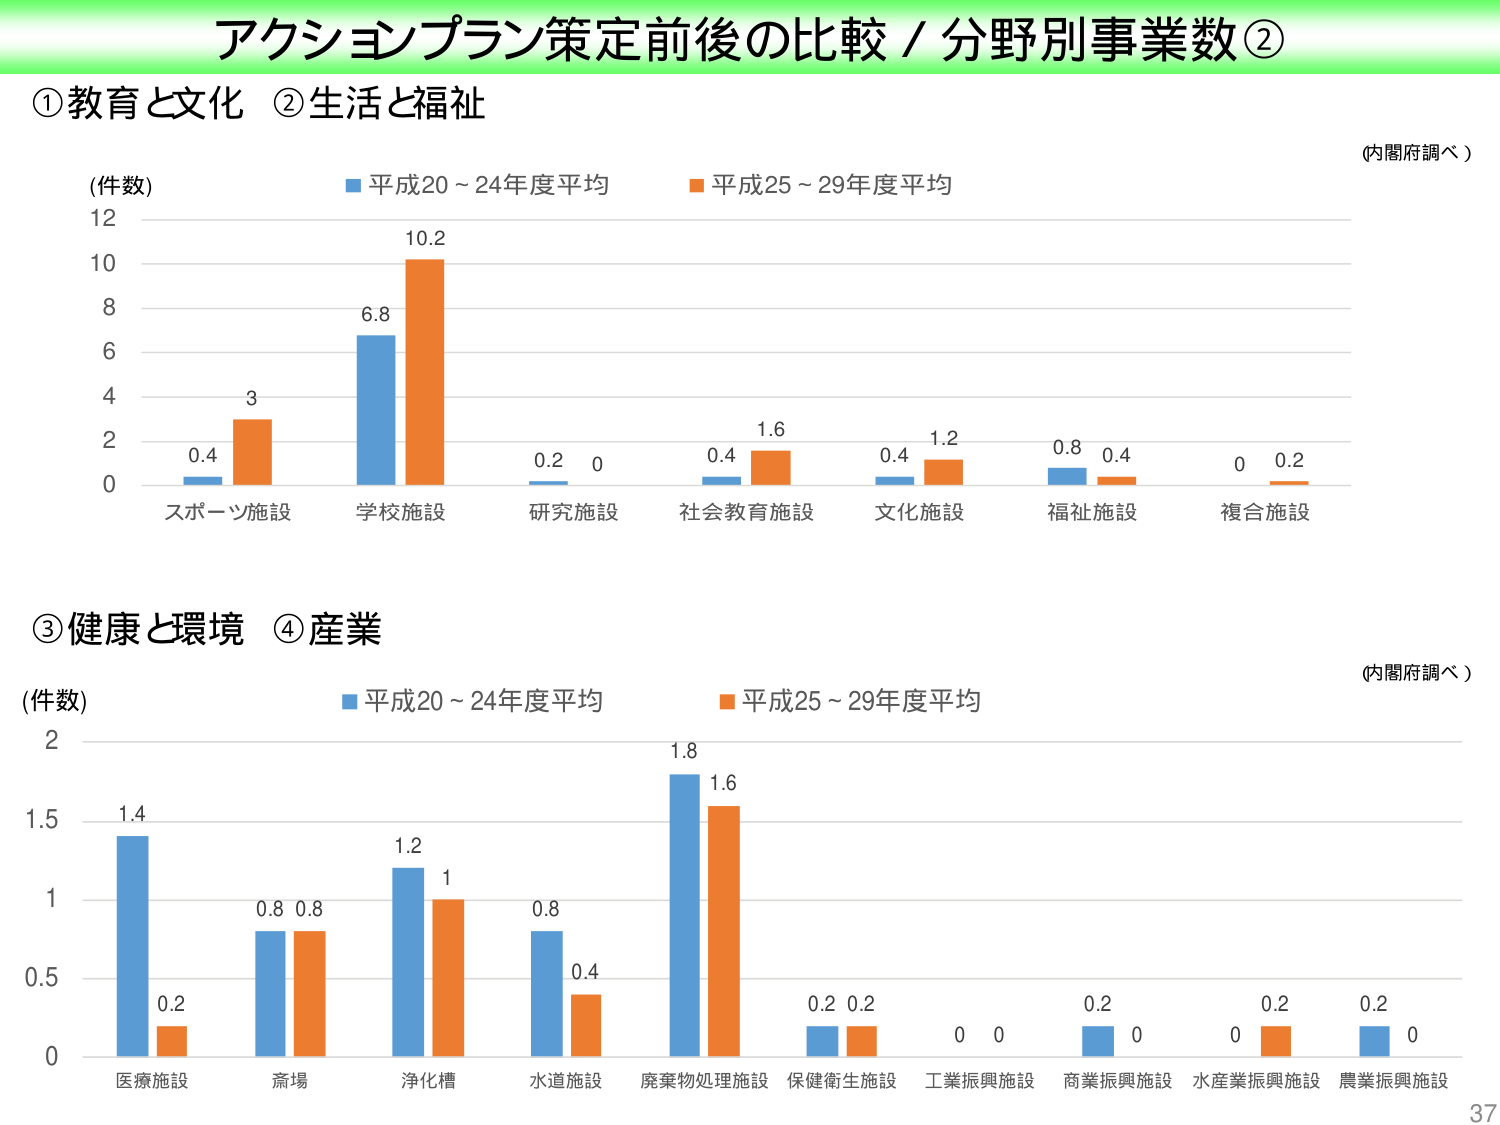
アクションプラン策定前後の比較 / 分野別事業数②

①教育と文化 ②生活と福祉

(件数)
■ 平成20～24年度平均
■ 平成25～29年度平均

スポーツ施設
0.4 3

学校施設
6.8 10.2

研究施設
0.2 0

社会教育施設
0.4 1.6

文化施設
0.4 1.2

福祉施設
0.8 0.4

複合施設
0 0.2

(内閣府調べ)

③健康と環境 ④産業

(件数)
■ 平成20～24年度平均
■ 平成25～29年度平均

医療施設
1.4 0.2

斎場
0.8 0.8

浄化槽
1.2 1

水道施設
0.8 0.4

廃棄物処理施設
1.8 1.6

保健衛生施設
0.2 0.2

工業振興施設
0 0

商業振興施設
0.2 0

水産業振興施設
0 0.2

農業振興施設
0.2 0

(内閣府調べ)

37